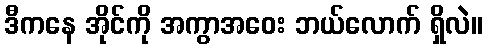
ဒီကနေ အိုင်ကို အကွာအဝေး ဘယ်လောက် ရှိလဲ။